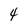
Character: 4